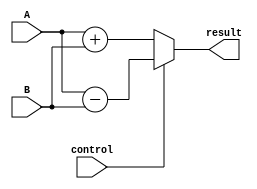
module ALU( 
	input [3:0] A,B, // u vo bit
	input control,   // 0 cng, 1 tr
	output reg [4:0] result
);

always @(A,B,control) 
begin
		if( control==0)
			result=A+B; // cng
		else 
			result=A-B;


end
endmodule